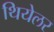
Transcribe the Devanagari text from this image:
थियेलर